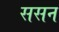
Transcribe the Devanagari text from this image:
ससन